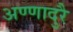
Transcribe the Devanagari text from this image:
अण्णादुरै